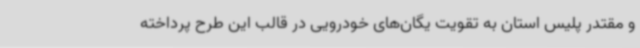
و مقتدر پلیس استان به تقویت یگان‌های خودرویی در قالب این طرح پرداخته